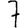
Digit: 7